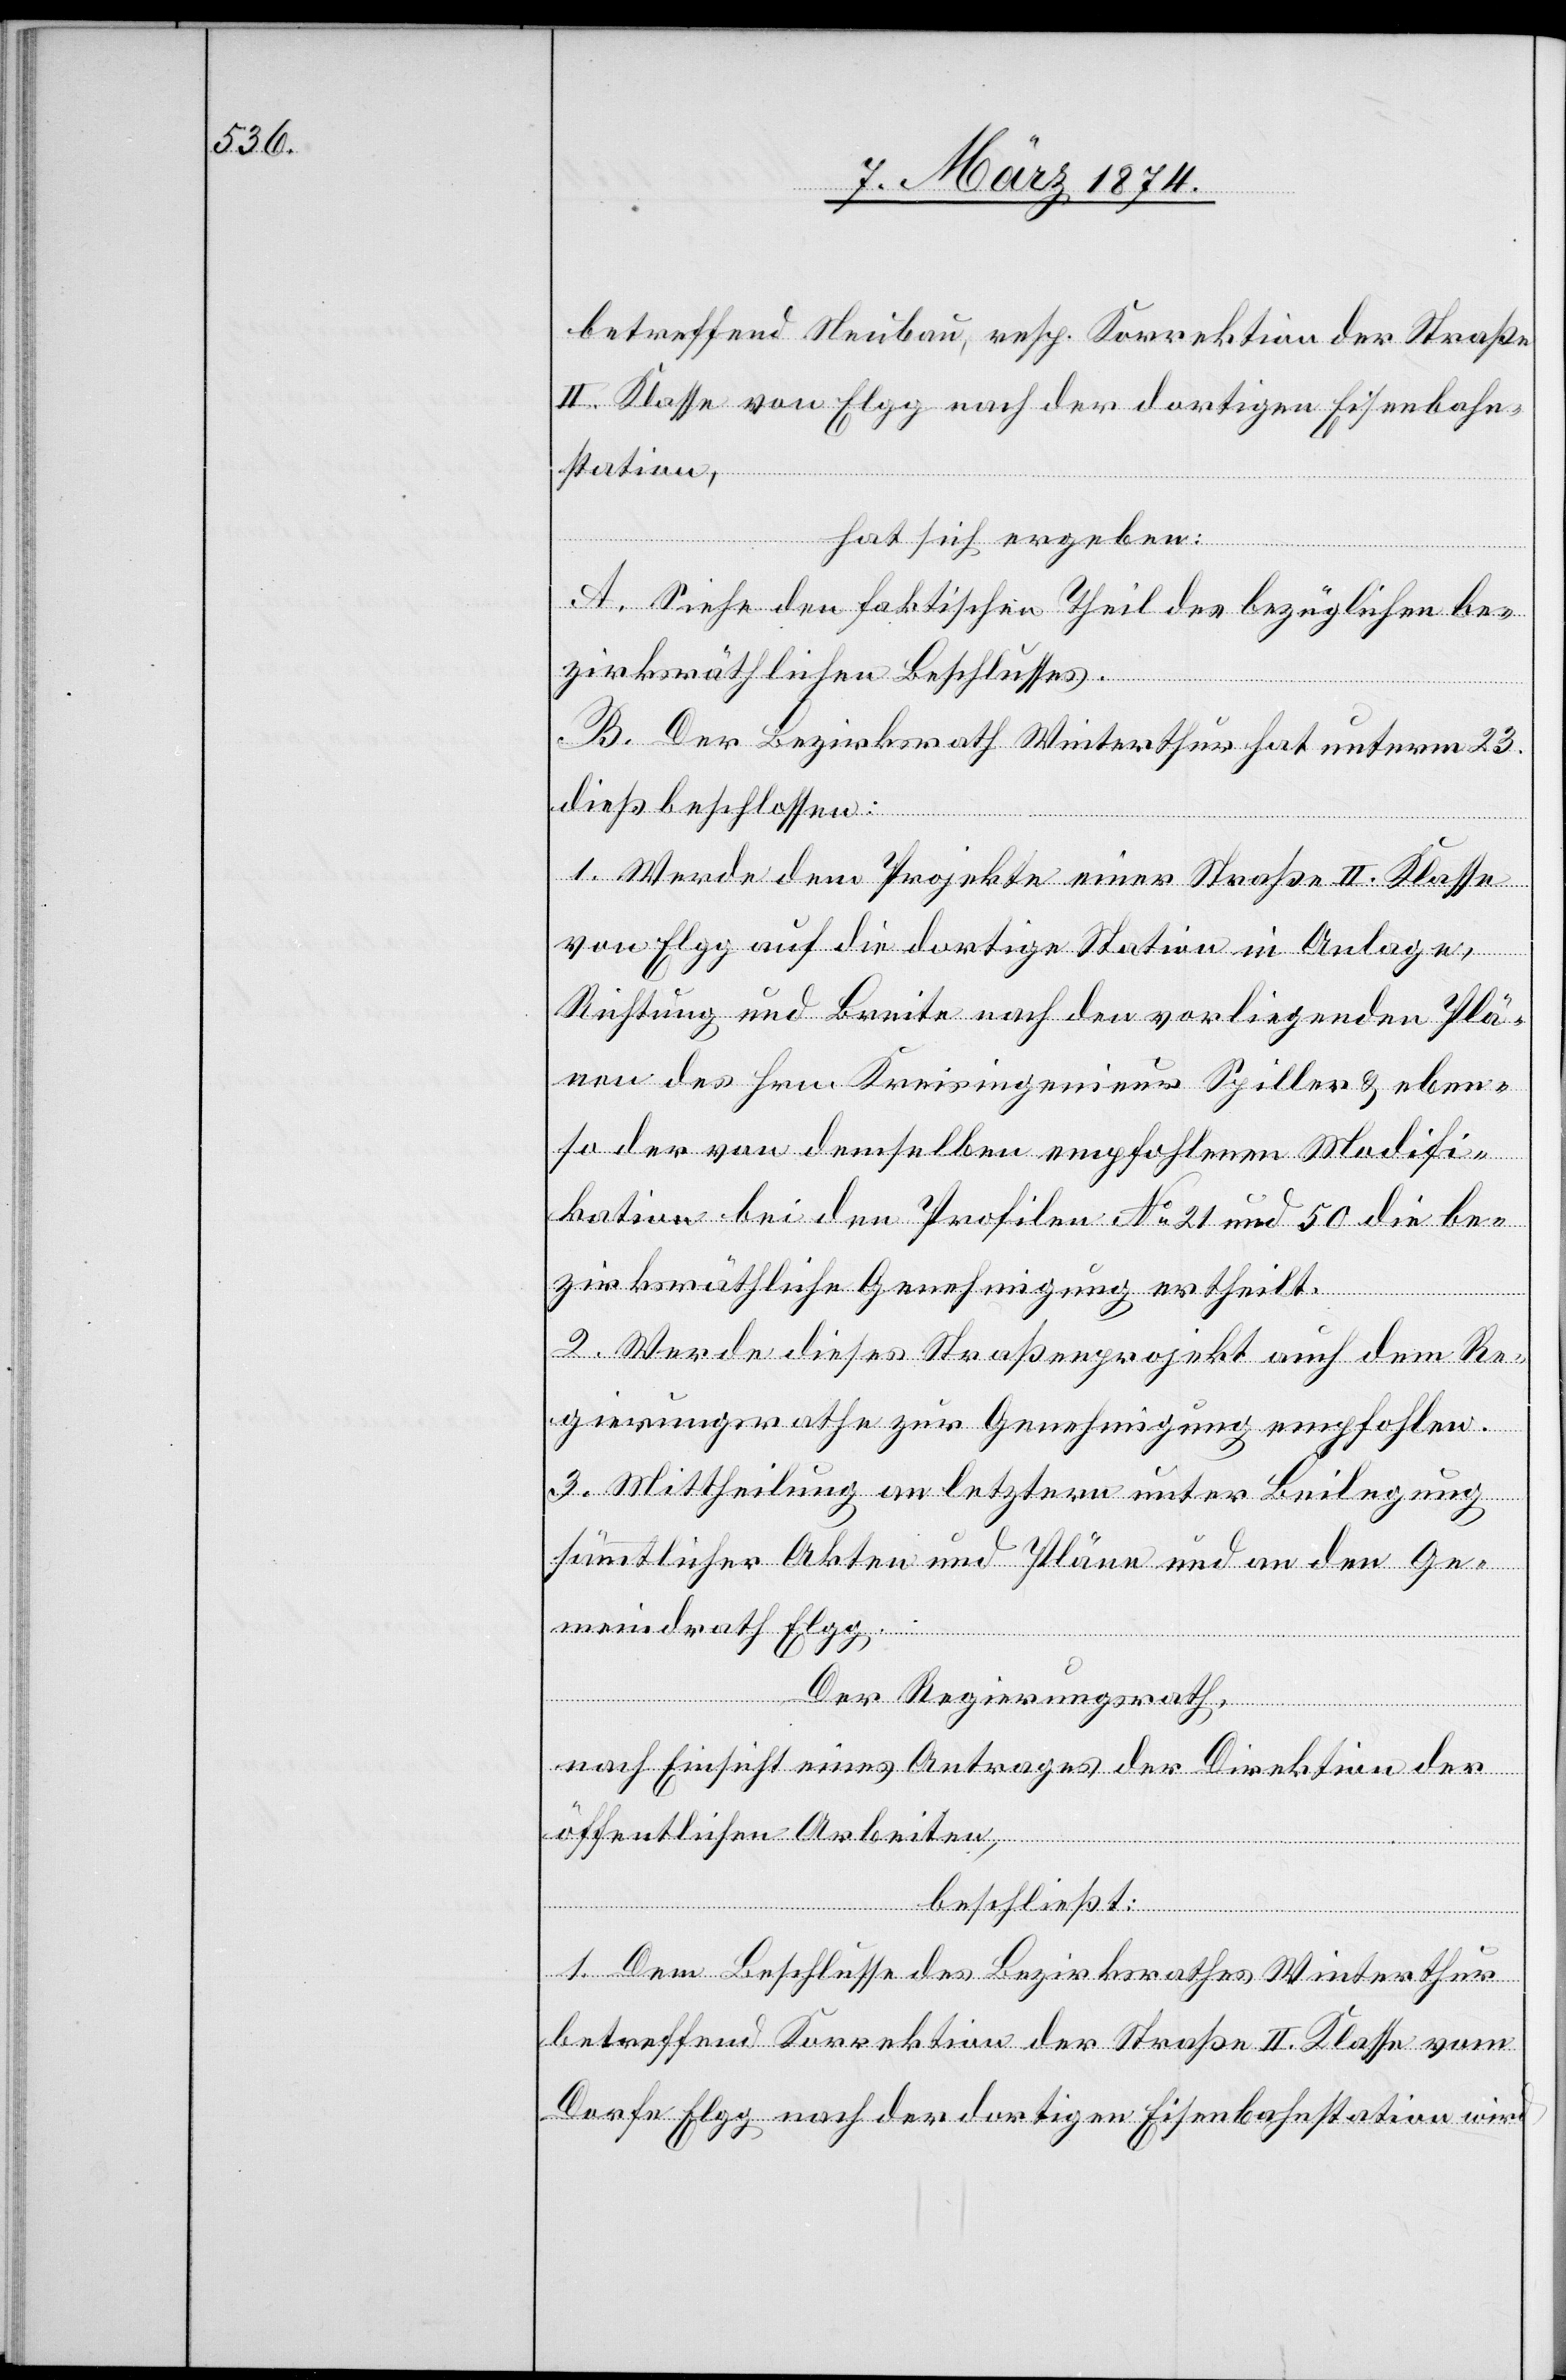
betreffend Neubau, resp. Korrektion der Straße
II. Klasse von Elgg nach der dortigen Eisenbahn¬
station,
hat sich ergeben:
A. Siehe den faktischen Theil des bezüglichen be¬
zirksräthlichen Beschlusses.
B. Der Bezirksrath Winterthur hat unterm 23.
dieß beschlossen:
1. Werde dem Projekte einer Straße II. Klasse
von Elgg auf die dortige Station in Anlage,
Richtung und Breite nach den vorliegenden Plä¬
nen des Hrn. Kreisingenieurs Spiller u. eben¬
so der von demselben empfohlenen Modifi¬
kation bei den Profilen No 21 und 50 die be¬
zirksräthliche Genehmigung ertheilt.
2. Werde dieses Straßenprojekt auch dem Re¬
gierungsrathe zur Genehmigung empfohlen.
3. Mittheilung an letztern unter Beilegung
sämmtlicher Akten und Pläne und an den Ge¬
meindrath Elgg.
Der Regierungsrath,
nach Einsicht eines Antrages der Direktion der
öffentlichen Arbeiten,
beschließt:
1. Dem Beschlusse des Bezirksrathes Winterthur
betreffend Korrektion der Straße II. Klasse vom
Dorfe Elgg nach der dortigen Eisenbahnstation wird